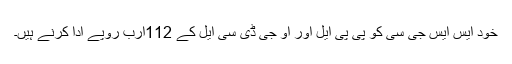
خود ایس ایس جی سی کو پی پی ایل اور او جی ڈی سی ایل کے 112ارب روپے ادا کرنے ہیں۔